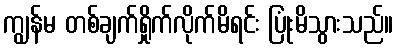
ကျွန်မ တစ်ချက်ရှိုက်လိုက်မိရင်း ပြုံးမိသွားသည်။